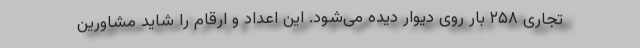
تجاری ۲۵۸ بار روی دیوار دیده می‌شود. این اعداد و ارقام را شاید مشاورین